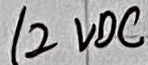
Text: 12 VDC